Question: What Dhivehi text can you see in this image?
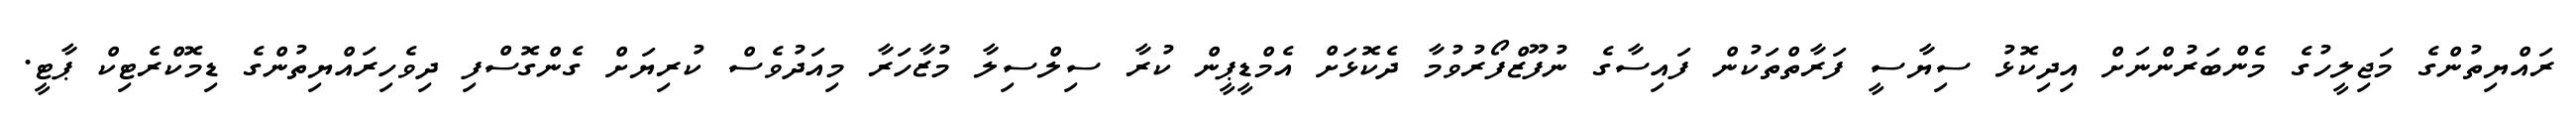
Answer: ރައްޔިތުންގެ މަޖިލީހުގެ މެންބަރުންނަށް އިދިކޮޅު ސިޔާސީ ފަރާތްތަކުން ފައިސާގެ ނުފޫޒްފޯރުވުމާ ދެކޮޅަށް އެމްޑީޕީން ކުރާ ސިލްސިލާ މުޒާހަރާ މިއަދުވެސް ކުރިޔަށް ގެންގޮސްފި ދިވެހިރައްޔިތުންގެ ޑިމޮކްރެޓިކް ޕާޓީ.